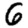
Digit: 6